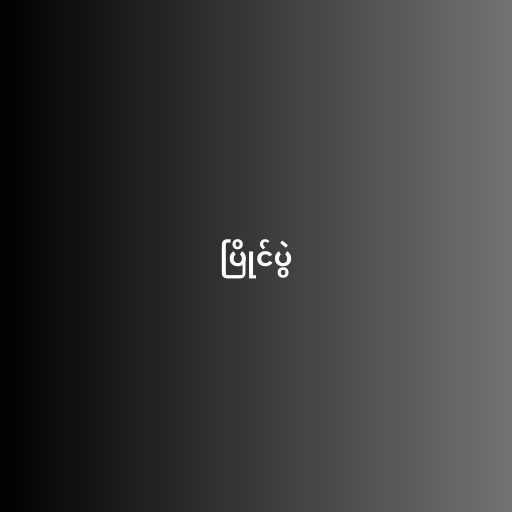
ပြိုင်ပွဲ